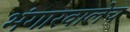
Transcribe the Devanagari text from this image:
भंगारवालेच